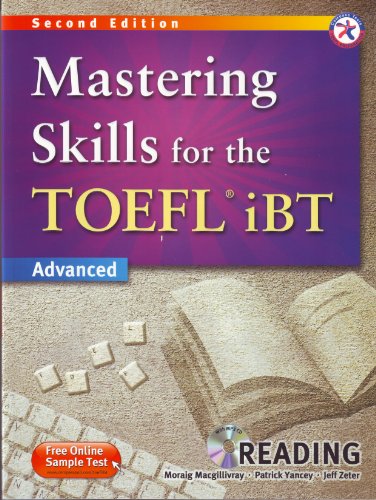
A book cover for Mastering Skills for the TOEFL iBT, 2nd Edition Advanced Reading (w/MP3 CD and Answer Key); Moraig Macgillivray; Test Preparation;